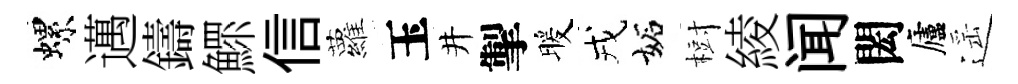
螺邁鑄鰥信蘿玉井掣暖戎妬𣗳綾闻閎廬遥